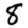
Digit: 8